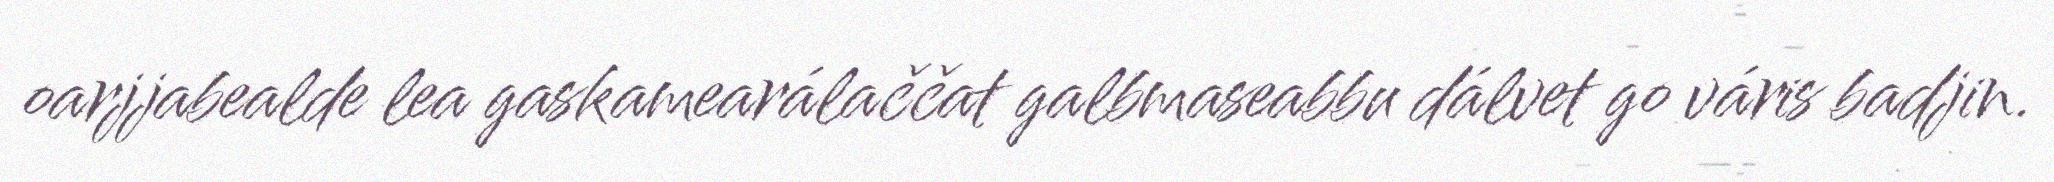
oarjjabealde lea gaskamearálaččat galbmaseabbu dálvet go váris badjin.